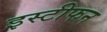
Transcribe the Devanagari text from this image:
इस्टीफन